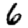
Digit: 6